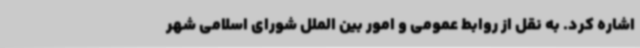
اشاره کرد. به نقل از روابط عمومی و امور بین الملل شورای اسلامی شهر